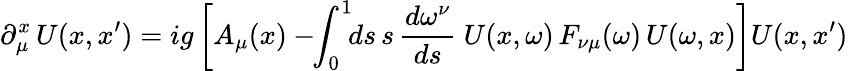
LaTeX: \partial_{\mu}^{x}\, U(x,x^{\prime})=ig\left[A_{\mu}(x)-\! \! \int_{0}^{1}\! \! ds\, s\, {\frac{d\omega^{\nu}}{ds}}\ U(x,\omega)\, F_{\nu\mu}(\omega)\, U(\omega,x)\right]U(x,x^{\prime})